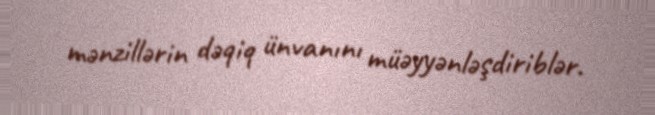
mənzillərin dəqiq ünvanını müəyyənləşdiriblər.